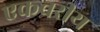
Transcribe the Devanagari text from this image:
एकचरीय